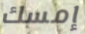
إمسك